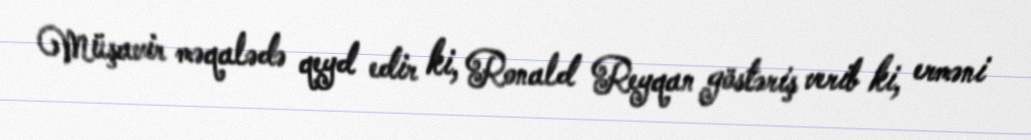
Müşavir məqalədə qeyd edir ki, Ronald Reyqan göstəriş verib ki, erməni